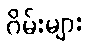
ဂိမ်းများ